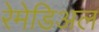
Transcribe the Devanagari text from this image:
रेमेडिअल